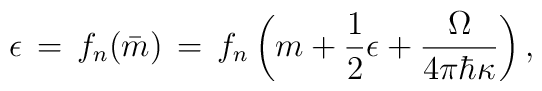
\epsilon\,=\,f_n(\bar{m})\,=\,f_n\left(m+{1\over 2}\epsilon+{\Omega\over 4\pi\hbar\kappa}\right),